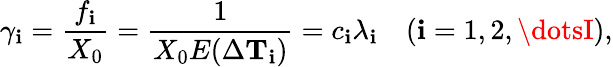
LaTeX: \gamma_{\mathbf{i}}=\frac{{f_{\mathbf{i}}}}{{X_{0}}}=\frac{{1}}{{X_{0}E(\Delta\mathbf{{T}}_{\mathbf{i}})}}=c_{\mathbf{i}}\lambda_{\mathbf{i}}\quad(\mathbf{i}=1,2,\dotsI),